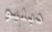
دبليو